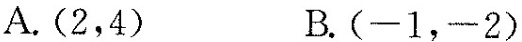
A.(2，4) B.(-1，-2)